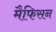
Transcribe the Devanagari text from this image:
मैफिसन